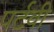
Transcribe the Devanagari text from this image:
पर्टवी